65_HS1-834228961_62-HQ-83894_Section_2
Agency: FBI
Page 106
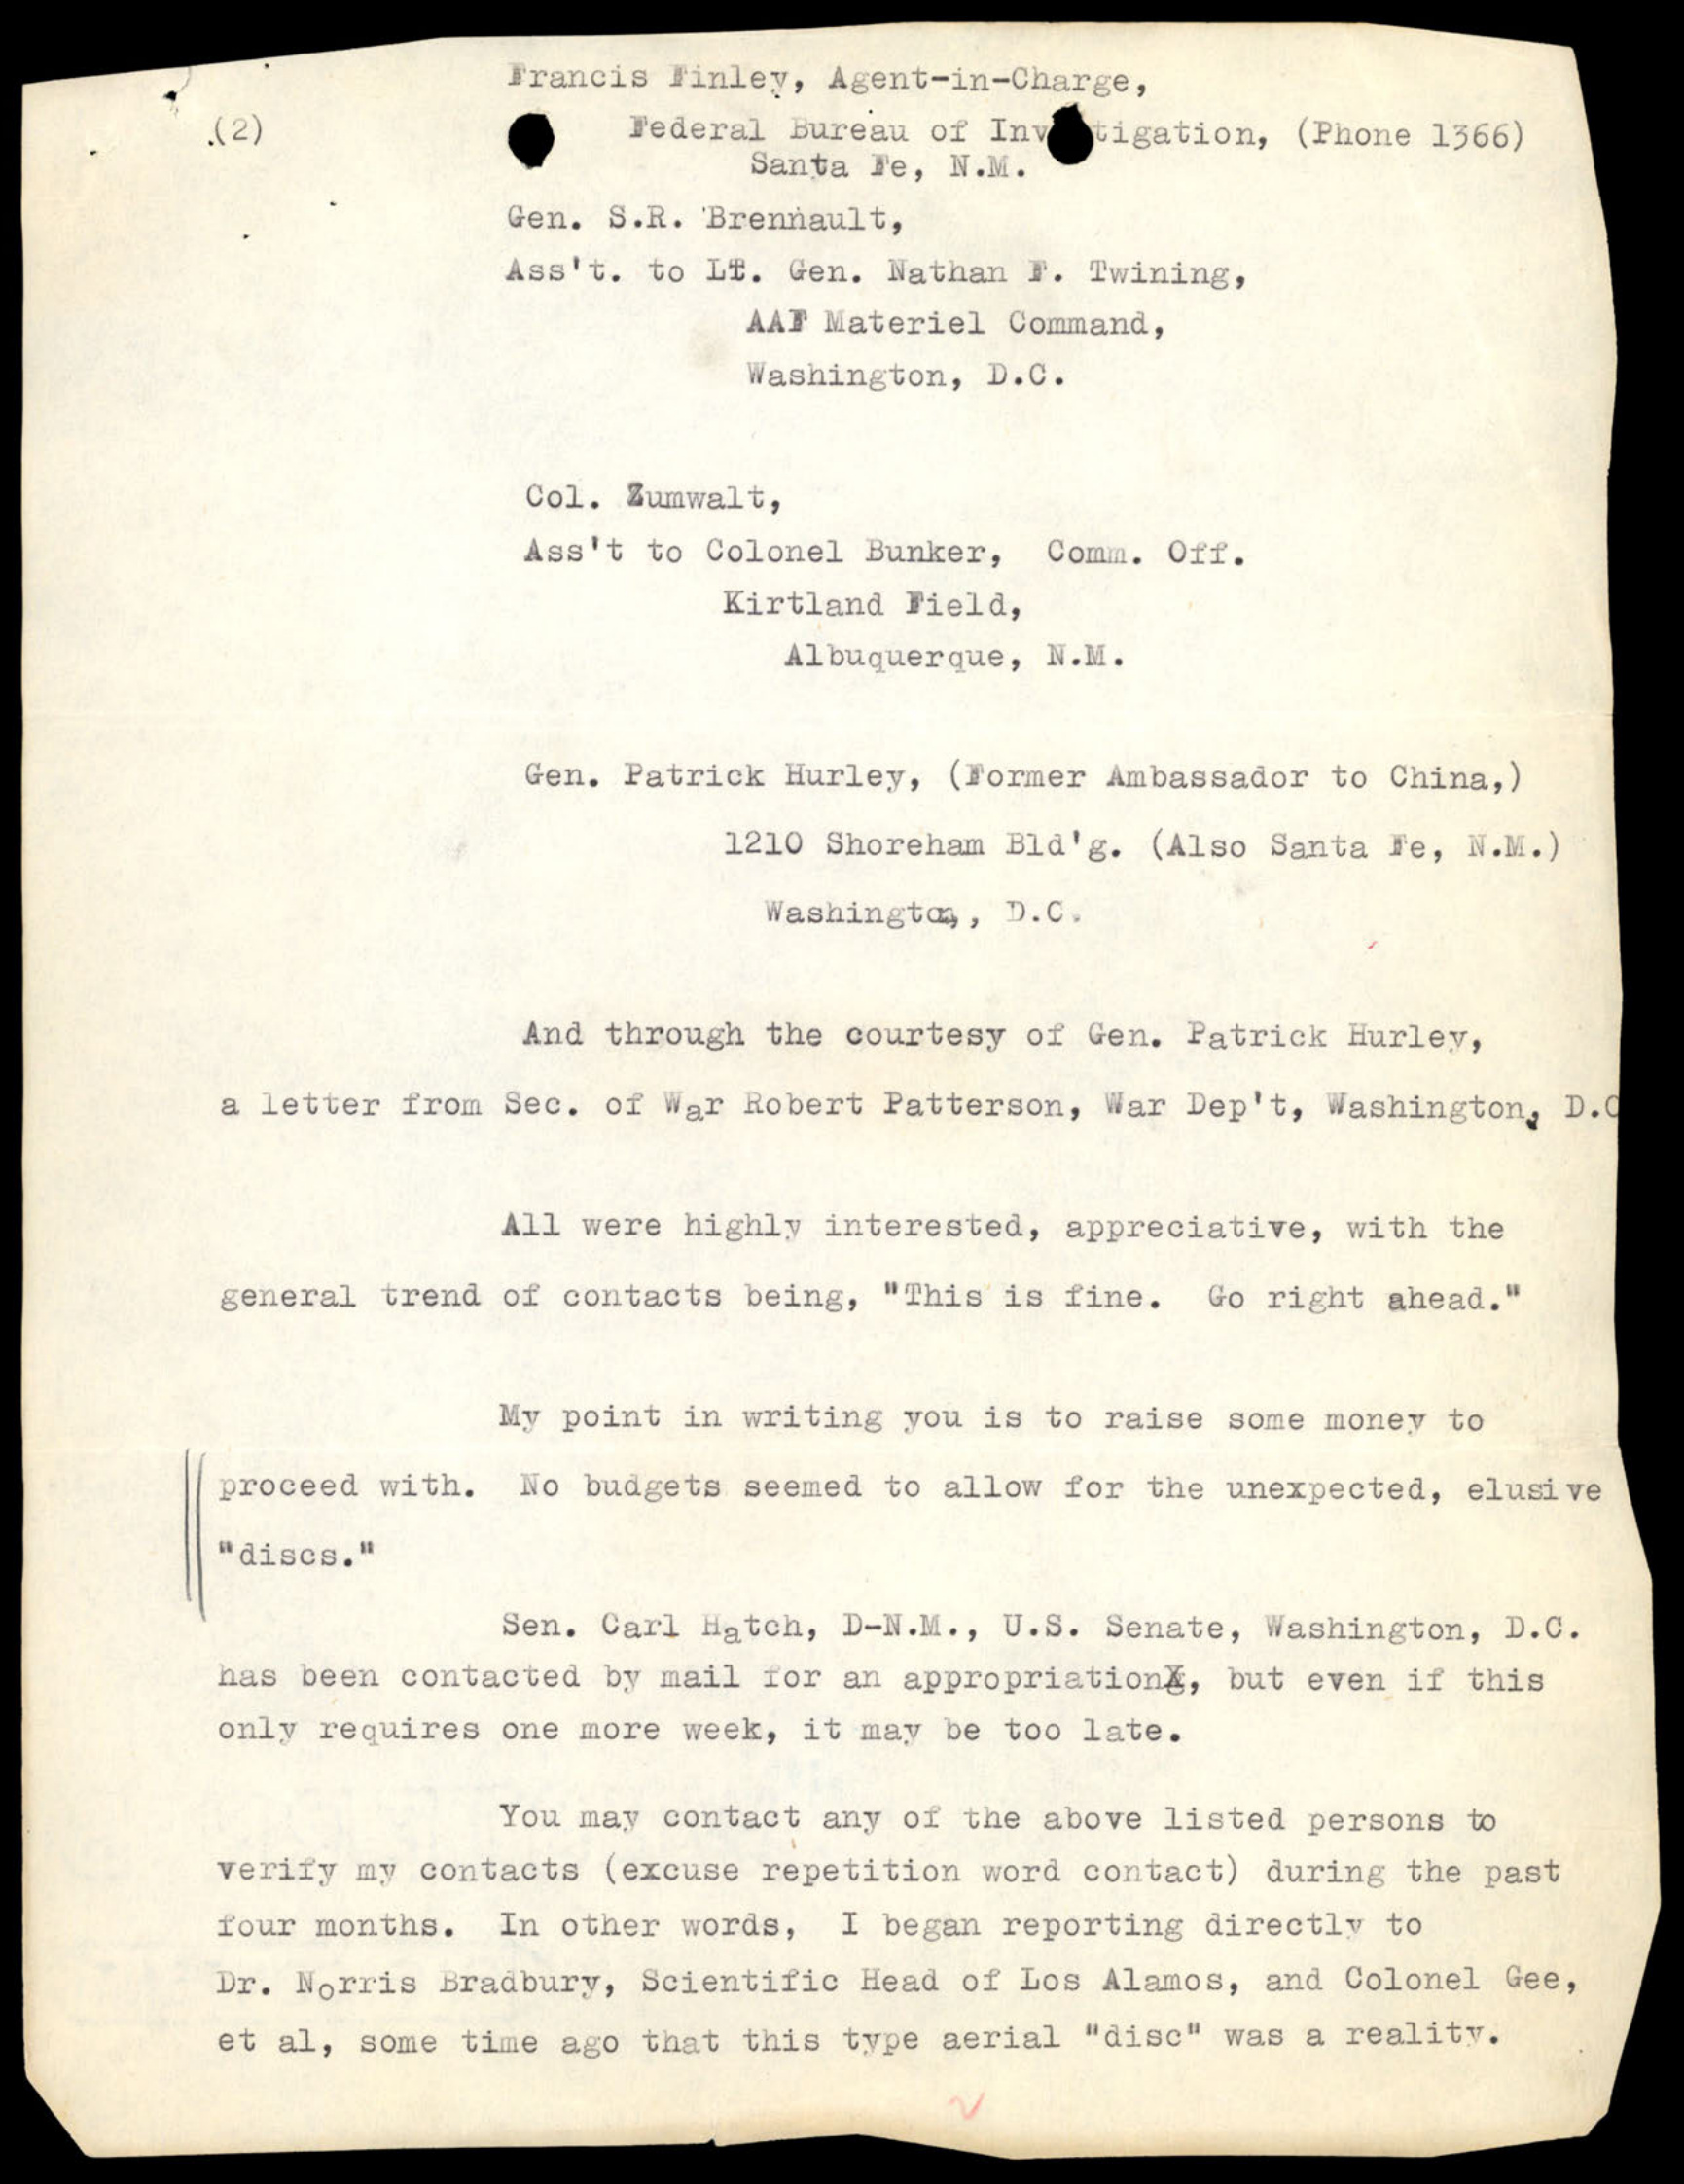